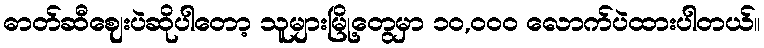
ဓာတ်ဆီဈေးပဲဆိုပါတော့ သူများမြို့တွေမှာ ၁၀,၀၀၀ လောက်ပဲထားပါတယ်။